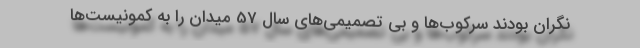
نگران بودند سرکوب‌ها و بی تصمیمی‌های سال 57 میدان را به کمونیست‌ها